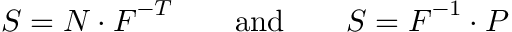
{ \boldsymbol { S } } = { \boldsymbol { N } } \cdot { \boldsymbol { F } } ^ { - T } \qquad { \mathrm { a n d } } \qquad { \boldsymbol { S } } = { \boldsymbol { F } } ^ { - 1 } \cdot { \boldsymbol { P } }